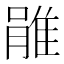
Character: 𨿔